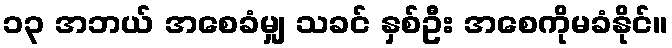
၁၃ အဘယ် အစေခံမျှ သခင် နှစ်ဦး အစေကိုမခံနိုင်။